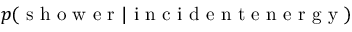
p ( \mathrm { ~ s ~ h ~ o ~ w ~ e ~ r ~ } | \mathrm { ~ i ~ n ~ c ~ i ~ d ~ e ~ n ~ t ~ e ~ n ~ e ~ r ~ g ~ y ~ } )